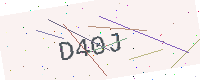
Text: D40J